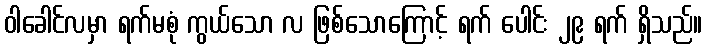
ဝါခေါင်လမှာ ရက်မစုံ ကွယ်သော လ ဖြစ်သောကြောင့် ရက် ပေါင်း ၂၉ ရက် ရှိသည်။